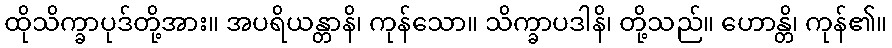
ထိုသိက္ခာပုဒ်တို့အား။ အပရိယန္တာနိ၊ ကုန်သော။ သိက္ခာပဒါနိ၊ တို့သည်။ ဟောန္တိ၊ ကုန်၏။